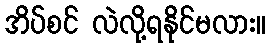
အိပ်စင် လဲလို့ရနိုင်မလား။